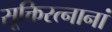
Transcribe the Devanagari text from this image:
सूक्तिरत्नानां